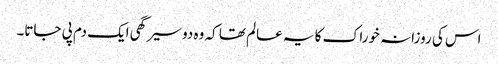
اس کی روزانہ خوراک کا یہ عالم تھا کہ وہ دو سیر گھی ایک دم پی جاتا۔